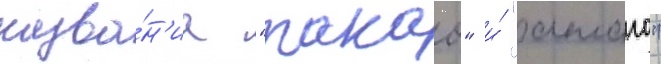
назва́н'иа "такао" и́ "атаго"